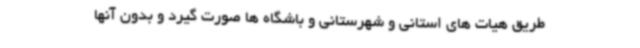
طریق هیات های استانی و شهرستانی و باشگاه ها صورت گیرد و بدون آنها